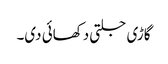
گاڑی جلتی دکھائی دی۔